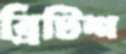
ব্রিটিশ